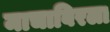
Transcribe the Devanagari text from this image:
माचाबिरला